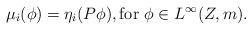
LaTeX: \begin{align*}\mu_i(\phi) = \eta_i(P\phi), \textrm{for $\phi \in L^\infty(Z,m)$}.\end{align*}